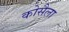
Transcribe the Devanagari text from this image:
कोसैला